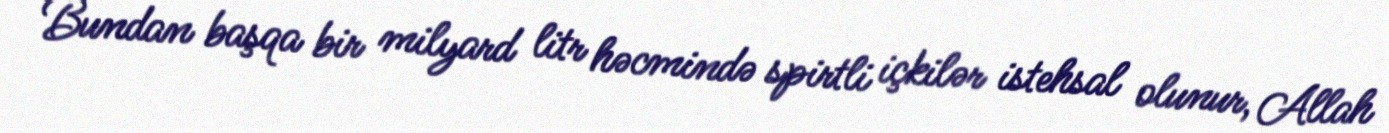
Bundan başqa bir milyard litr həcmində spirtli içkilər istehsal olunur, Allah